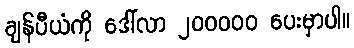
ချန်ပီယံကို ဒေါ်လာ ၂၀၀၀၀၀ ပေးမှာပါ။